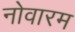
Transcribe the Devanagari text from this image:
नोवारम